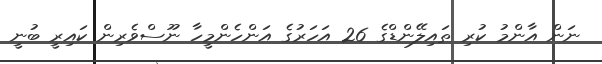
ނަން އާންމު ކުރި ތައިލޭންޑްގެ 26 އަހަރުގެ އަންހެންމީހާ ނޫސްވެރިން ކައިރީ ބުނީ